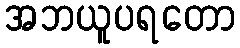
အဘယူပရတော